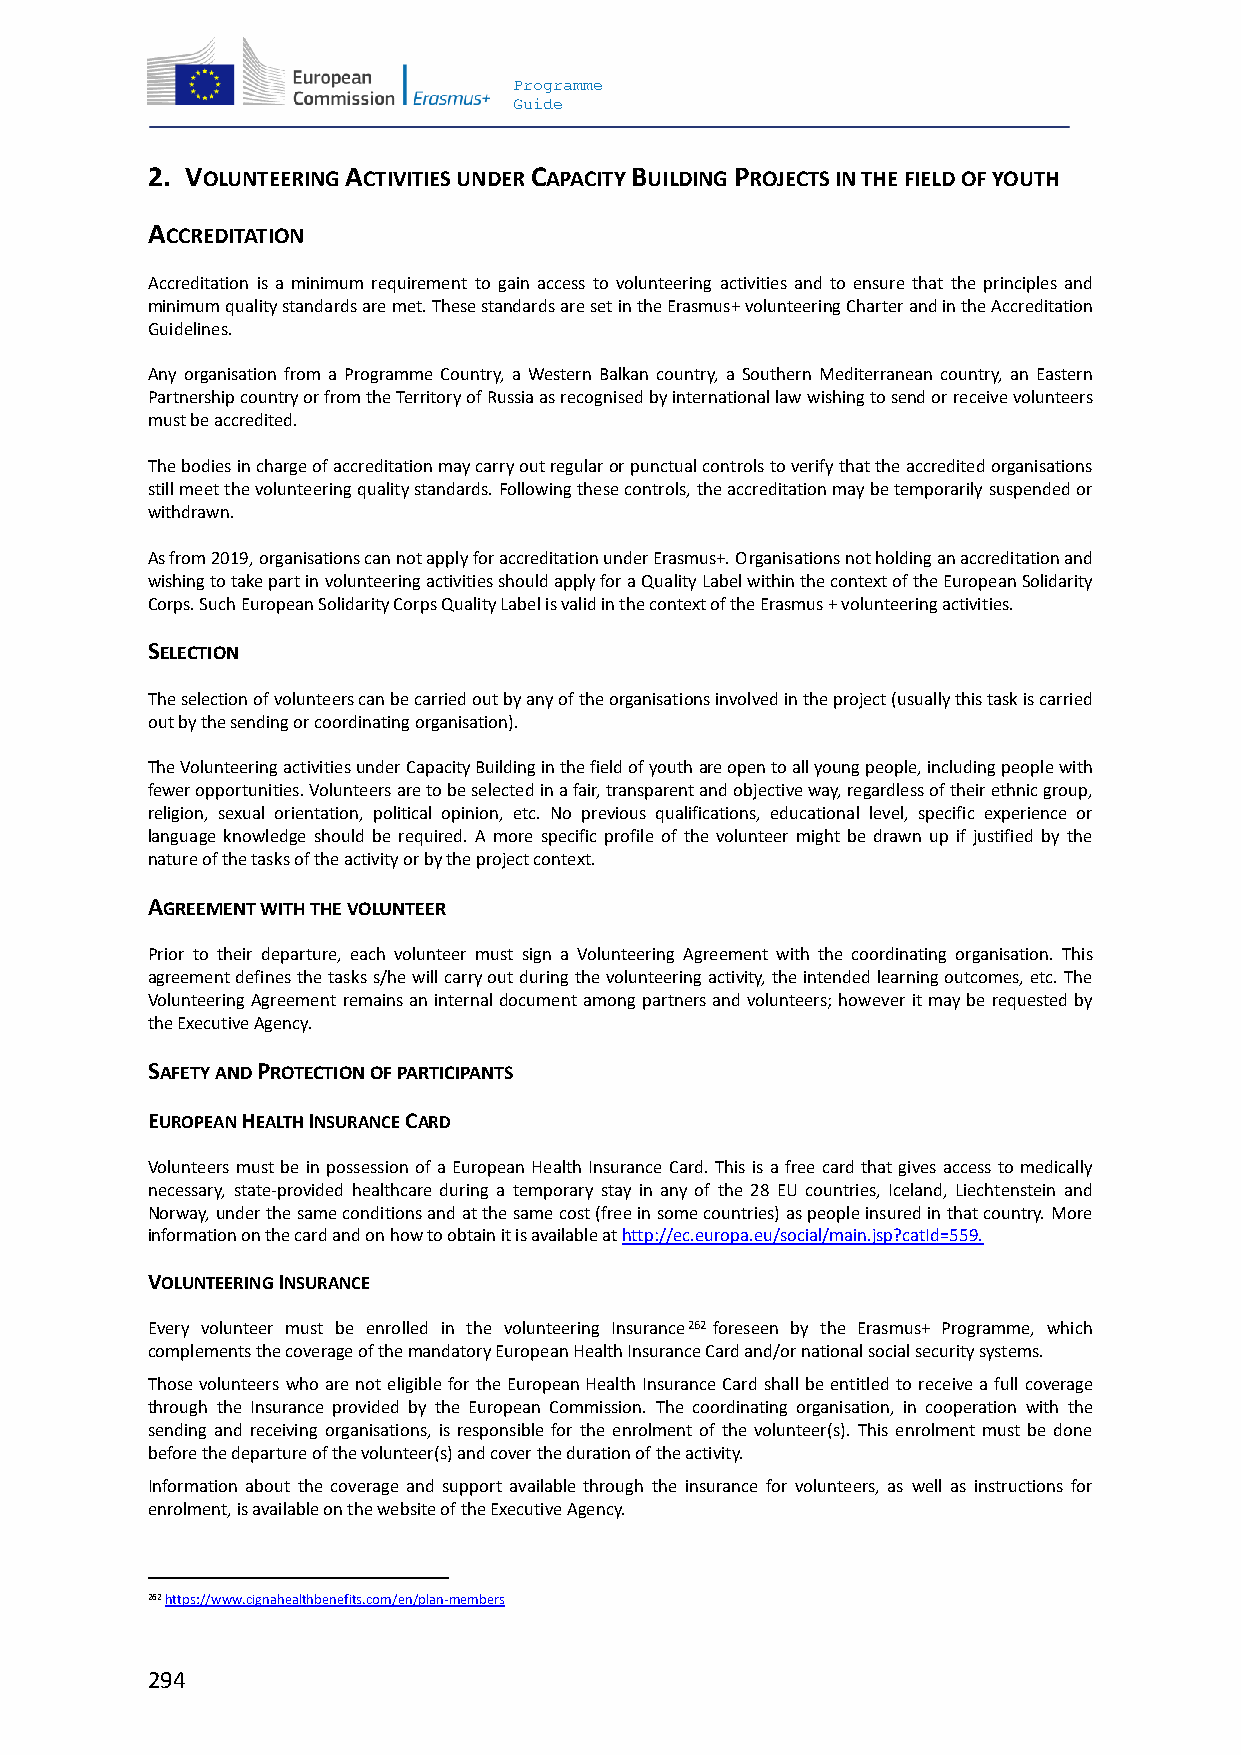
Programme
 Guide
 2. VOLUNTEERING ACTIVITIES UNDER CAPACITY BUILDING PROJECTS IN THE FIELD OF YOUTH
 ACCREDITATION
 Accreditation is a minimum requirement to gain access to volunteering activities and to ensure that the principles and
 minimum quality standards are met. These standards are set in the Erasmus+ volunteering Charter and in the Accreditation
 Guidelines.
 Any organisation from a Programme Country, a Western Balkan country, a Southern Mediterranean country, an Eastern
 Partnership country or from the Territory of Russia as recognised by international law wishing to send or receive volunteers
 must be accredited.
 The bodies in charge of accreditation may carry out regular or punctual controls to verify that the accredited organisations
 still meet the volunteering quality standards. Following these controls, the accreditation may be temporarily suspended or
 withdrawn.
 As from 2019, organisations can not apply for accreditation under Erasmus+. Organisations not holding an accreditation and
 wishing to take part in volunteering activities should apply for a Quality Label within the context of the European Solidarity
 Corps. Such European Solidarity Corps Quality Label is valid in the context of the Erasmus + volunteering activities.
 SELECTION
 The selection of volunteers can be carried out by any of the organisations involved in the project (usually this task is carried
 out by the sending or coordinating organisation).
 The Volunteering activities under Capacity Building in the field of youth are open to all young people, including people with
 fewer opportunities. Volunteers are to be selected in a fair, transparent and objective way, regardless of their ethnic group,
 religion, sexual orientation, political opinion, etc. No previous qualifications, educational level, specific experience or
 language knowledge should be required. A more specific profile of the volunteer might be drawn up if justified by the
 nature of the tasks of the activity or by the project context.
 AGREEMENT WITH THE VOLUNTEER
 Prior to their departure, each volunteer must sign a Volunteering Agreement with the coordinating organisation. This
 agreement defines the tasks s/he will carry out during the volunteering activity, the intended learning outcomes, etc. The
 Volunteering Agreement remains an internal document among partners and volunteers; however it may be requested by
 the Executive Agency.
 SAFETY AND PROTECTION OF PARTICIPANTS
 EUROPEAN HEALTH INSURANCE CARD
 Volunteers must be in possession of a European Health Insurance Card. This is a free card that gives access to medically
 necessary, state-provided healthcare during a temporary stay in any of the 28 EU countries, Iceland, Liechtenstein and
 Norway, under the same conditions and at the same cost (free in some countries) as people insured in that country. More
 information on the card and on how to obtain it is available at http://ec.europa.eu/social/main.jsp?catId=559.
 VOLUNTEERING INSURANCE
 Every volunteer must be enrolled in the volunteering Insurance262 foreseen by the Erasmus+ Programme, which
 complements the coverage of the mandatory European Health Insurance Card and/or national social security systems.
 Those volunteers who are not eligible for the European Health Insurance Card shall be entitled to receive a full coverage
 through the Insurance provided by the European Commission. The coordinating organisation, in cooperation with the
 sending and receiving organisations, is responsible for the enrolment of the volunteer(s). This enrolment must be done
 before the departure of the volunteer(s) and cover the duration of the activity.
 Information about the coverage and support available through the insurance for volunteers, as well as instructions for
 enrolment, is available on the website of the Executive Agency.
 262 https://www.cignahealthbenefits.com/en/plan-members
 294